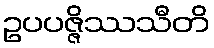
ဥပပဇ္ဇိဿသီတိ